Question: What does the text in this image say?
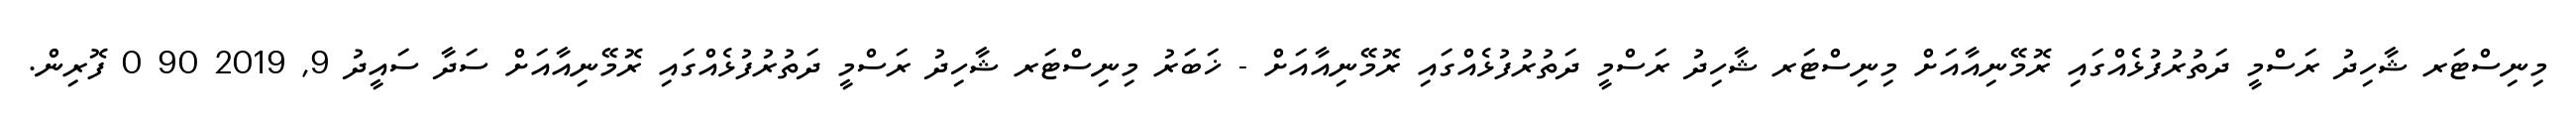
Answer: މިނިސްޓަރ ޝާހިދު ރަސްމީ ދަތުރުފުޅެއްގައި ރޮމޭނިއާއަށް މިނިސްޓަރ ޝާހިދު ރަސްމީ ދަތުރުފުޅެއްގައި ރޮމޭނިއާއަށް - ޚަބަރު މިނިސްޓަރ ޝާހިދު ރަސްމީ ދަތުރުފުޅެއްގައި ރޮމޭނިއާއަށް ސަދާ ސައީދު 9, 2019 90 0 ފޮރިން.